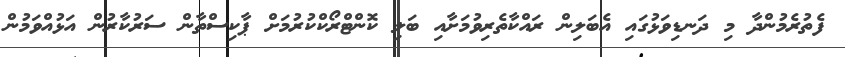
ފެތުރެމުންދާ މި ދަނޑިވަޅުގައި އެބަލިން ރައްކާތެރިވުމަށާއި ބަލި ކޮންޓްރޯކްކުރުމަށް ޕާކިސްތާން ސަރުކާރުން އަޅުއްވަމުން